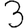
Digit: 3